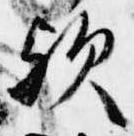
歟